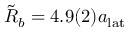
\tilde { R } _ { b } = 4 . 9 ( 2 ) a _ { \mathrm { l a t } }